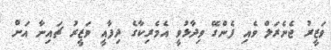
ވަޒީރު ޖެނެރަލް ވެއި ފެންގޭ ވިދާޅުވީ އެމެރިކާގެ ދިފާއީ ވަޒީރު ޗައިނާ އަށް